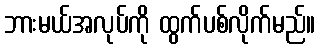
ဘားမယ်အလုပ်ကို ထွက်ပစ်လိုက်မည်။